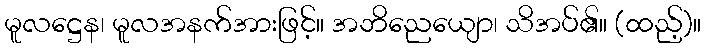
မူလဋ္ဌေန၊ မူလအနက်အားဖြင့်။ အဘိညေယျော၊ သိအပ်၏။ (ထည့်)။